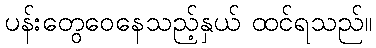
ပန်းတွေဝေနေသည့်နှယ် ထင်ရသည်။